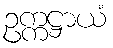
ဥက္ကဋ္ဌာယံ